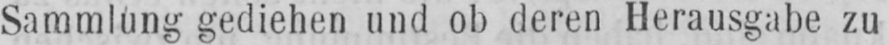
Sammlung gediehen und ob deren Herausgabe zu